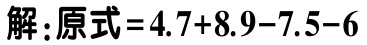
解:原式\(=4.7 + 8.9 - 7.5 - 6\)